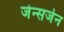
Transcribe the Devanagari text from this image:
जेन्सजेन